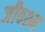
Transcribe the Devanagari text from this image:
जीवश्म